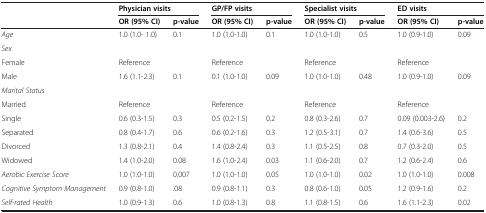
<table><thead><tr><td><b> </b></td><td colspan="2"><b>Physician visits</b></td><td colspan="2"><b>GP/FP visits</b></td><td colspan="2"><b>Specialist visits</b></td><td colspan="2"><b>ED visits</b></td></tr><tr><td><b> </b></td><td><b>OR (95% CI)</b></td><td><b>p-value</b></td><td><b>OR (95% CI)</b></td><td><b>p-value</b></td><td><b>OR (95% CI)</b></td><td><b>p-value</b></td><td><b>OR (95% CI)</b></td><td><b>p-value</b></td></tr></thead><tbody><tr><td><i>Age</i></td><td>1.0 (1.0- 1.0)</td><td>0.1</td><td>1.0 (1.0-1.0)</td><td>0.1</td><td>1.0 (1.0-1.0)</td><td>0.5</td><td>1.0 (0.9-1.0)</td><td>0.09</td></tr><tr><td><i>Sex</i></td><td> </td><td> </td><td> </td><td> </td><td> </td><td> </td><td> </td><td> </td></tr><tr><td>Female</td><td>Reference</td><td> </td><td>Reference</td><td> </td><td>Reference</td><td> </td><td>Reference</td><td> </td></tr><tr><td>Male</td><td>1.6 (1.1-2.3)</td><td>0.1</td><td>0.1 (1.0-1.0)</td><td>0.09</td><td>1.0 (1.0-1.0)</td><td>0.48</td><td>1.0 (0.9-1.0)</td><td>0.09</td></tr><tr><td><i>Marital Status</i></td><td> </td><td> </td><td> </td><td> </td><td> </td><td> </td><td> </td><td> </td></tr><tr><td>Married</td><td>Reference</td><td> </td><td>Reference</td><td> </td><td>Reference</td><td> </td><td>Reference</td><td> </td></tr><tr><td>Single</td><td>0.6 (0.3-1.5)</td><td>0.3</td><td>0.5 (0.2-1.5)</td><td>0.2</td><td>0.8 (0.3-2.6)</td><td>0.7</td><td>0.09 (0.003-2.6)</td><td>0.2</td></tr><tr><td>Separated</td><td>0.8 (0.4-1.7)</td><td>0.6</td><td>0.6 (0.2-1.6)</td><td>0.3</td><td>1.2 (0.5-3.1)</td><td>0.7</td><td>1.4 (0.6-3.6)</td><td>0.5</td></tr><tr><td>Divorced</td><td>1.3 (0.8-2.1)</td><td>0.4</td><td>1.4 (0.8-2.4)</td><td>0.3</td><td>1.1 (0.5-2.5)</td><td>0.8</td><td>0.7 (0.3-2.0)</td><td>0.5</td></tr><tr><td>Widowed</td><td>1.4 (1.0-2.0)</td><td>0.08</td><td>1.6 (1.0-2.4)</td><td>0.03</td><td>1.1 (0.6-2.0)</td><td>0.7</td><td>1.2 (0.6-2.4)</td><td>0.6</td></tr><tr><td><i>Aerobic Exercise Score</i></td><td>1.0 (1.0-1.0)</td><td>0.007</td><td>1.0 (1.0-1.0)</td><td>0.05</td><td>1.0 (1.0-1.0)</td><td>0.02</td><td>1.0 (1.0-1.0)</td><td>0.008</td></tr><tr><td><i>Cognitive Symptom Management</i></td><td>0.9 (0.8-1.0)</td><td>.08</td><td>0.9 (0.8-1.1)</td><td>0.3</td><td>0.8 (0.6-1.0)</td><td>0.05</td><td>1.2 (0.9-1.6)</td><td>0.2</td></tr><tr><td><i>Self-rated Health</i></td><td>1.0 (0.9-1.3)</td><td>0.6</td><td>1.0 (0.8-1.3)</td><td>0.8</td><td>1.1 (0.8-1.5)</td><td>0.6</td><td>1.6 (1.1-2.3)</td><td>0.02</td></tr></tbody></table>